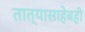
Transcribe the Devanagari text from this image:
तात्यासाहेबही